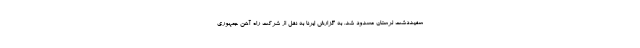
سفیددشت لرستان مسدود شد. به گزارش ایرنا به نقل از شرکت راه آهن جمهوری